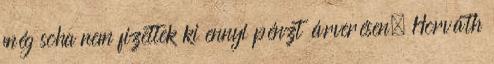
még soha nem fizettek ki ennyi pénzt árverésen. Horváth